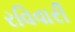
રવિવારી